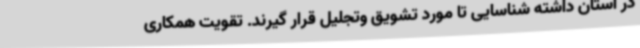
در استان داشته شناسایی تا مورد تشویق وتجلیل قرار گیرند. تقویت همکاری